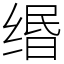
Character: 缗